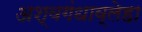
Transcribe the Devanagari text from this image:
अश्वगंधाव्लेहा